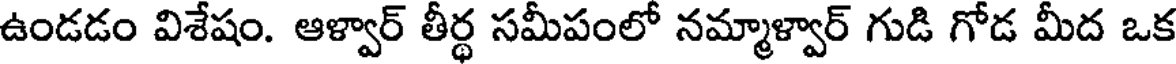
ఉండడం విశేషం. ఆళ్వార్ తీర్ధ సమీపంలో నమ్మాళ్వార్ గుడి గోడ మీద ఒక